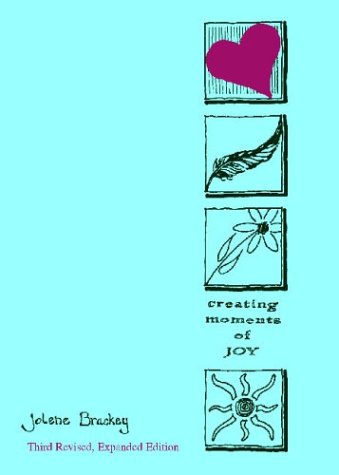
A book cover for Creating Moments of Joy for the Person with Alzheimer's or Dementia, 3rd. Ed.; Jolene Brackey; Health, Fitness & Dieting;